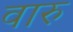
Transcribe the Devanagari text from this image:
वारु